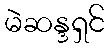
မဲဆန္ဒရှင်